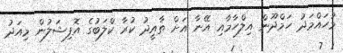
މުހައްމަދު ހަމްދޫން އިލްހާމާއި އޭނާ އަށް ތާއީދު ކުރާ ކްލަބުގެ އޮފިޝަލުން މިއަދު